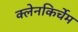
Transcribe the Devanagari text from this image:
क्लेनकिर्चेम